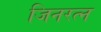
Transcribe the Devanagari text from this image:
जिनरत्न